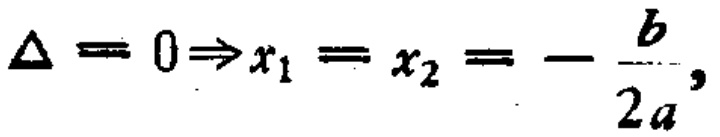
\(\Delta = 0\Rightarrow x_{1}=x_{2}=-\frac{b}{2a},\)